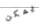
يمكن